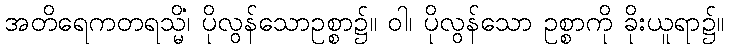
အတိရေကတရသ္မိံ၊ ပိုလွန်သောဥစ္စာ၌။ ဝါ၊ ပိုလွန်သော ဥစ္စာကို ခိုးယူရာ၌။